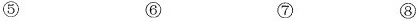
⑤ ⑥ ⑦ ⑧